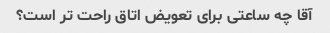
آقا چه ساعتی برای تعویض اتاق راحت تر است؟